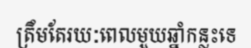
ត្រឹមតែរយៈពេលមួយឆ្នាំកន្លះទេ